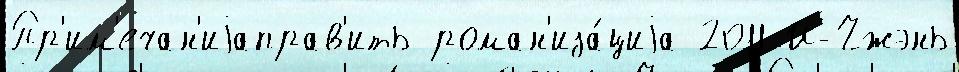
Пр'им'ечан'иjаправ'ить роман'иза́циjа 2011 И-Чжэнь